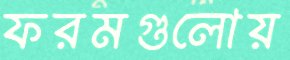
ফরমগুলোয়